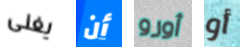
يغنى أن أورو أو